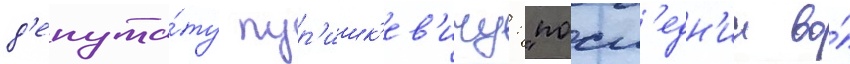
д'епута́ту пур'ишк'ев'ичу: "посл'едн'ии во́